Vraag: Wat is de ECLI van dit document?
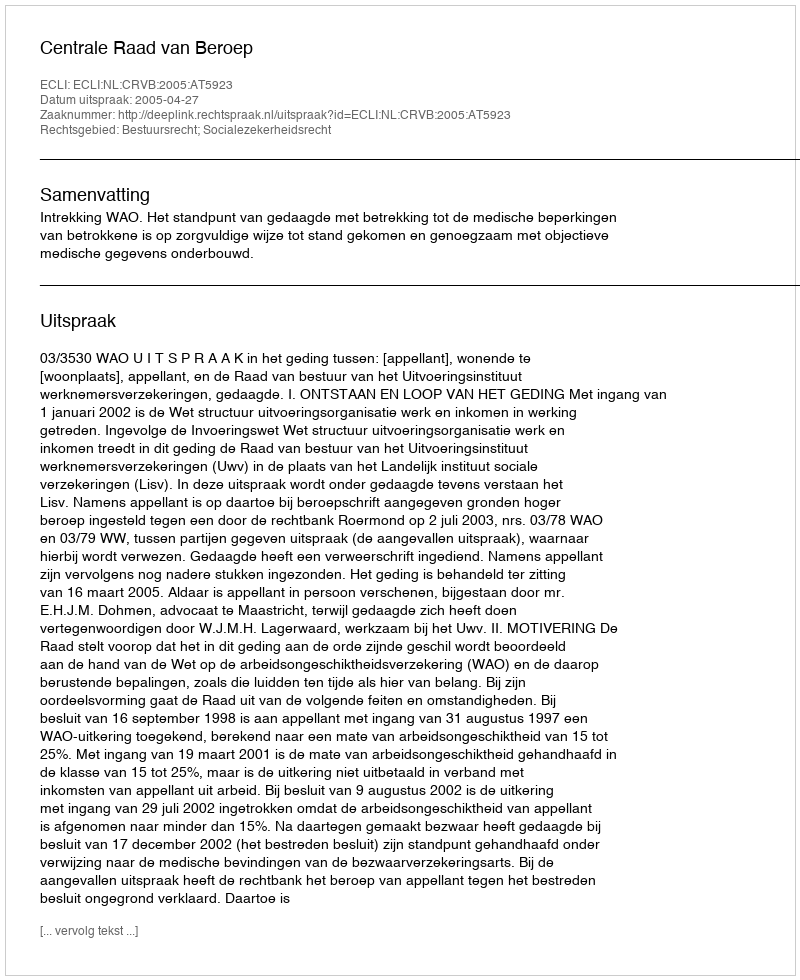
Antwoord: ECLI:NL:CRVB:2005:AT5923